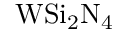
\mathrm { W S i _ { 2 } N _ { 4 } }